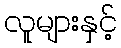
လူများနှင့်